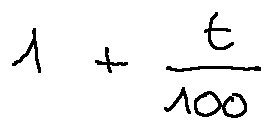
1 + \frac { t } { 1 0 0 }